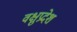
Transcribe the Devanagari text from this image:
वक्षुप्रदेश